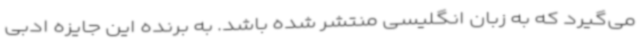
می‌گیرد که به زبان انگلیسی منتشر شده باشد. به برنده این جایزه ادبی